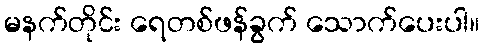
မနက်တိုင်း ရေတစ်ဖန်ခွက် သောက်ပေးပါ။